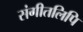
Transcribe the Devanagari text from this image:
संगीतलिपि